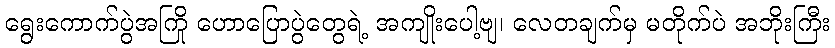
ရွေးကောက်ပွဲအကြို ဟောပြောပွဲတွေရဲ့ အကျိုးပေါ့ဗျ၊ လေတချက်မှ မတိုက်ပဲ အဘိုးကြီး